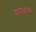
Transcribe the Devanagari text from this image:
दहाहजाराव्या